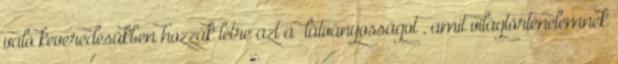
való keveredésükben hozzák létre azt a „látványosságot”, amit világtörténelemnek